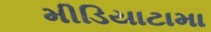
મીડિયાટામા